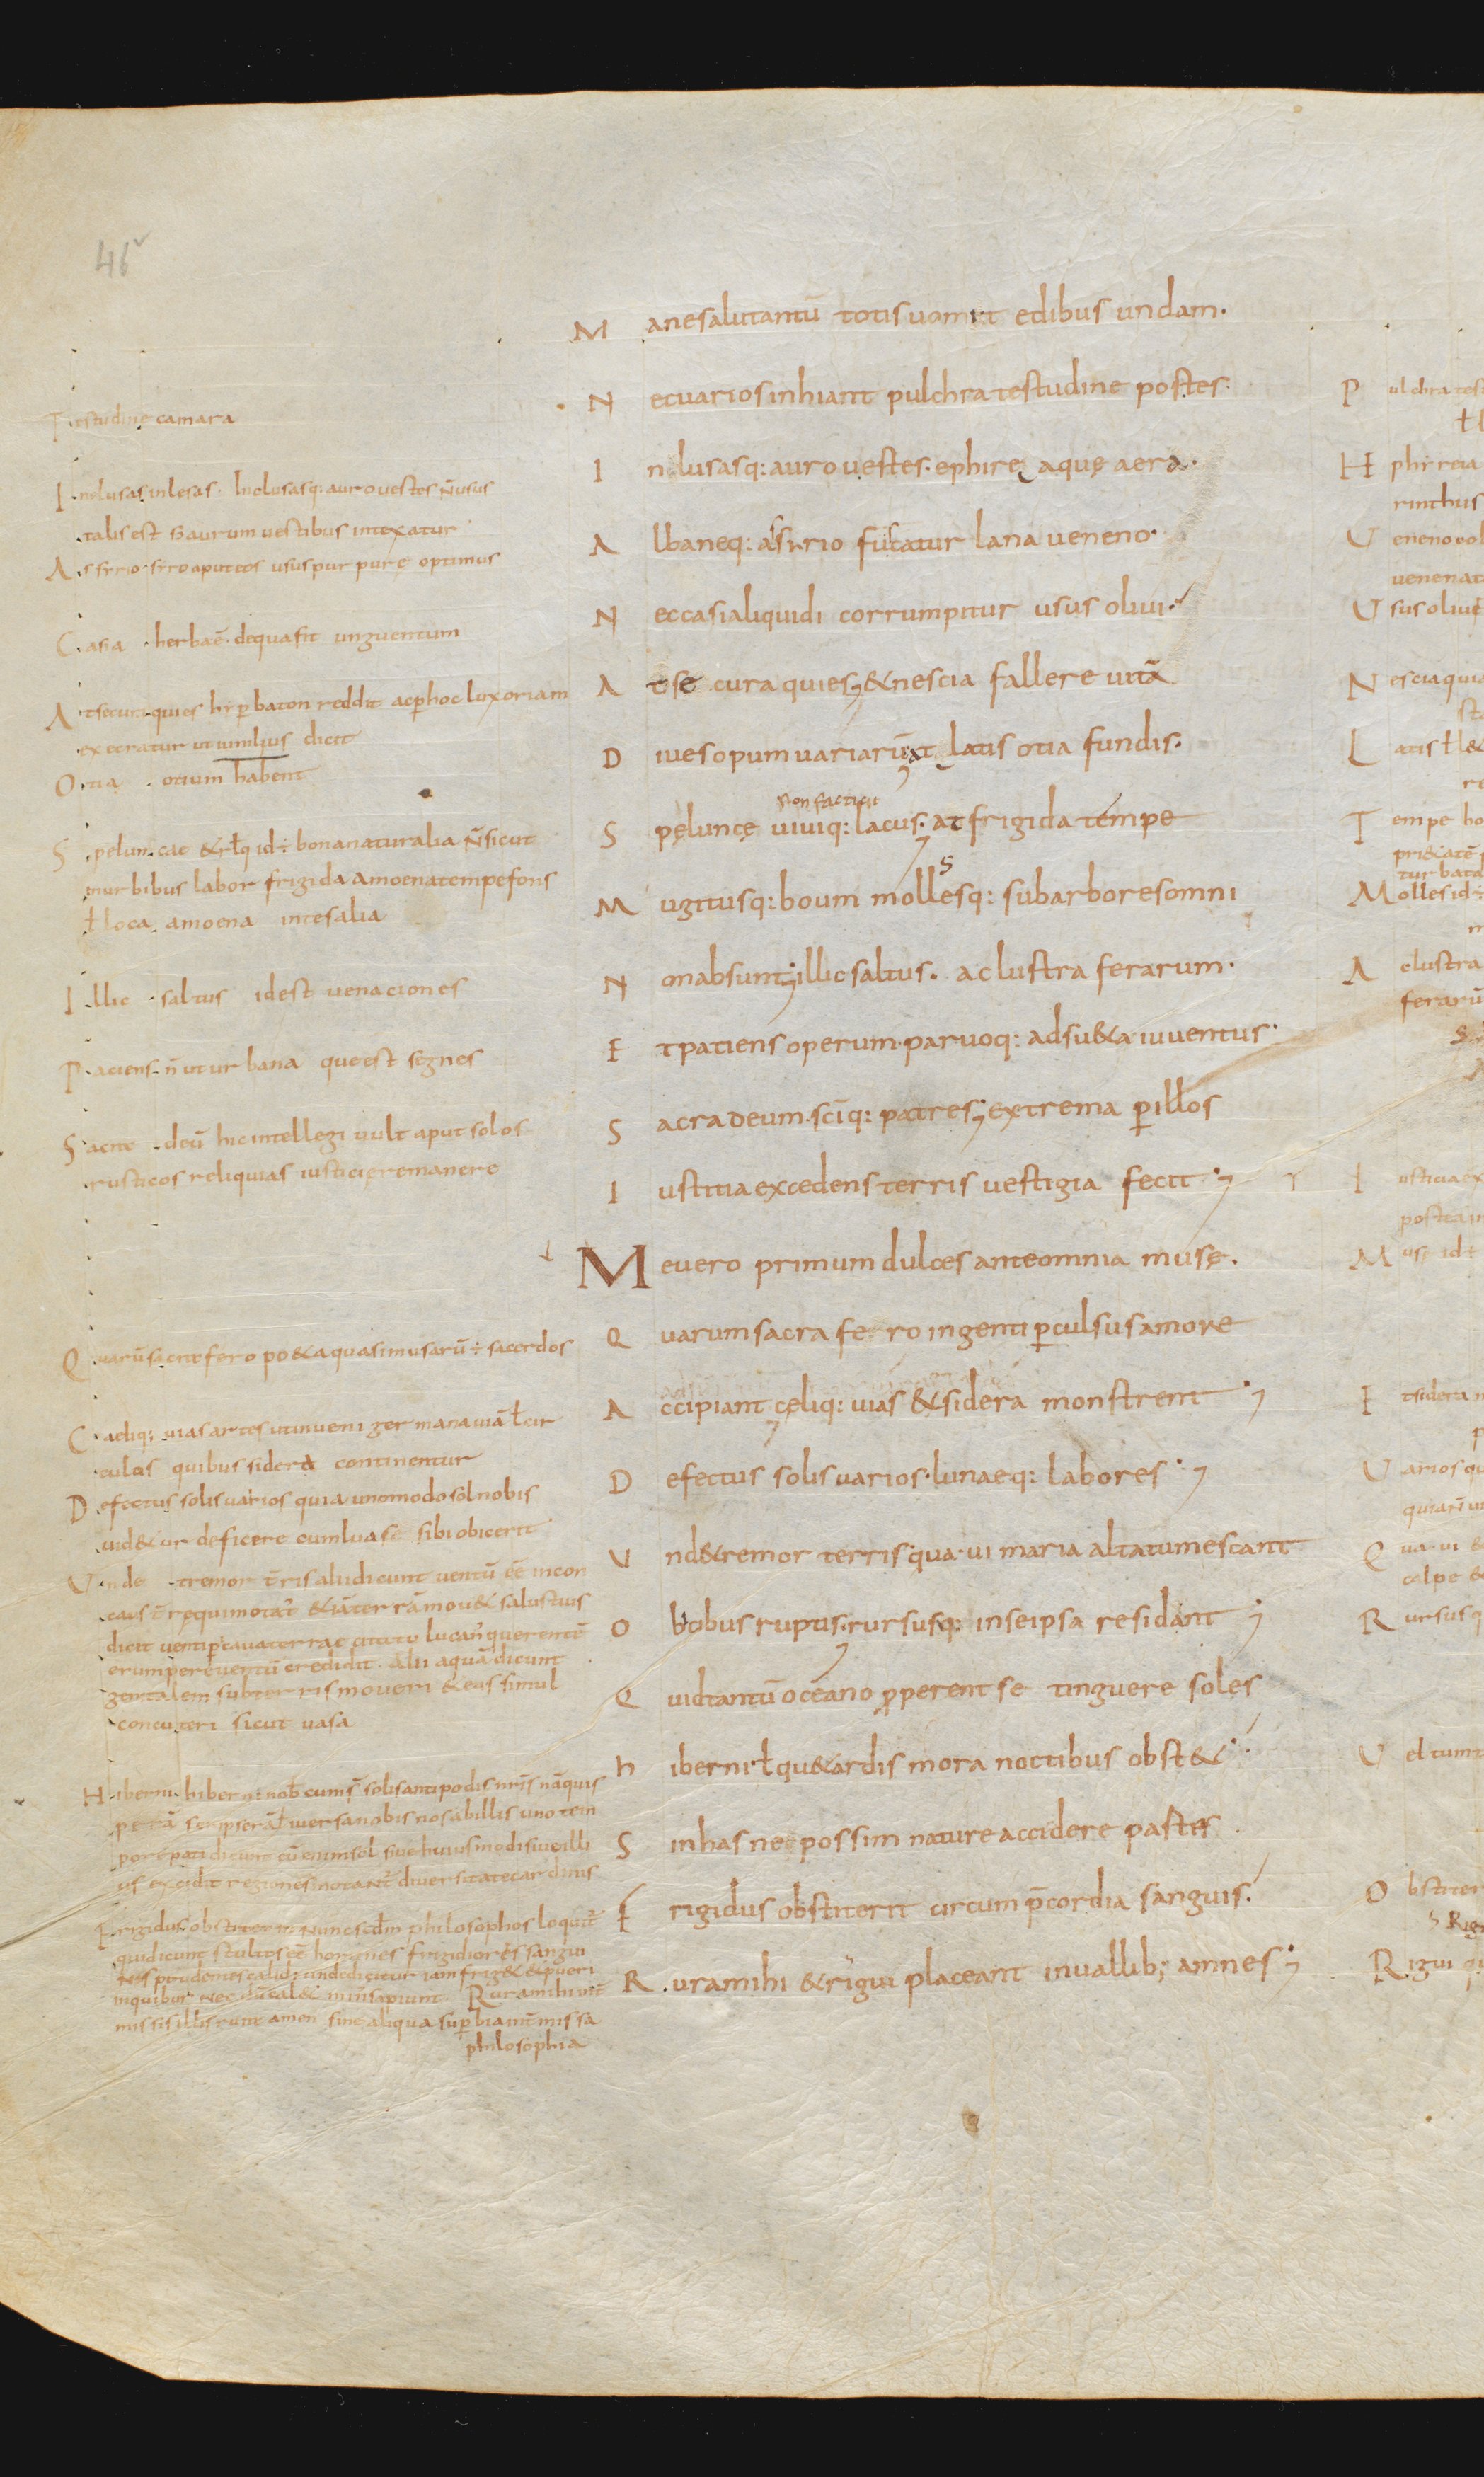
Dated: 800–999